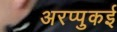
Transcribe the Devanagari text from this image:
अरप्पुकई